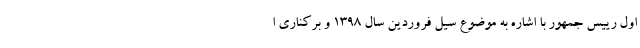
اول رییس جمهور با اشاره به موضوع سیل فروردین سال 1398 و برکناری ا